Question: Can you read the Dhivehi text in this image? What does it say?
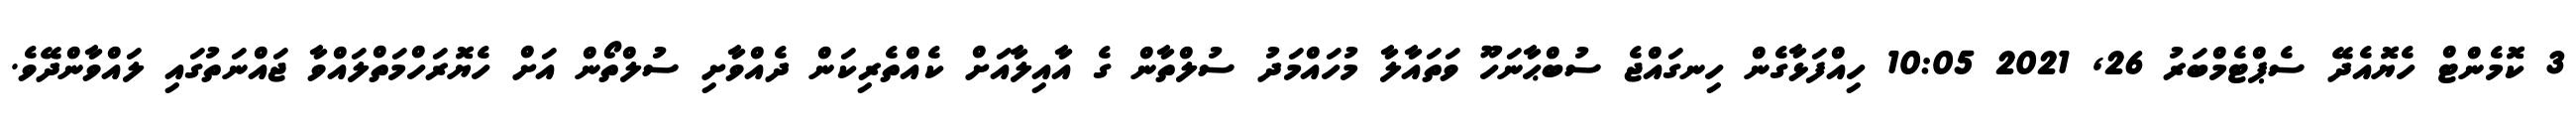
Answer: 3 ކޮމެންޓް ހެޔޮއެދޭ ސެޕްޓެމްބަރު 26, 2021 10:05 ހިއްފަޅާގެން ހިނގައްޖެ ސުބްޙާނަހޫ ވަތައާލާ މުހައްމަދު ސުލްތާން ގެ އާއިލާއަށް ކެއްތެރިކަން ދެއްވާށި ސުލްތޯން އަށް ހެޔޮރަހްމަތްލައްވާ ޖައްނަތުގައި ލައްވާންދޭވެ.